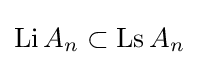
\mathop {\mathrm {Li} } A_{n}\subset \mathop {\mathrm {Ls} } A_{n}